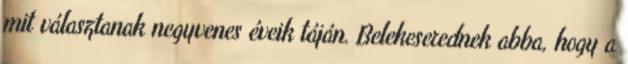
mit választanak negyvenes éveik táján. Belekeserednek abba, hogy a